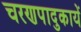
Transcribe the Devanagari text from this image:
चरणपादुकायें